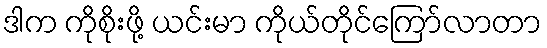
ဒါက ကိုစိုးဖို့ ယင်းမာ ကိုယ်တိုင်ကြော်လာတာ